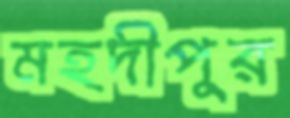
মহদীপুর